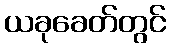
ယခုခေတ်တွင်